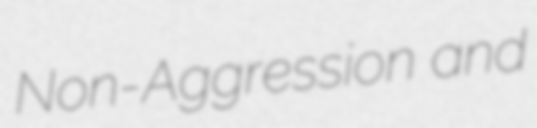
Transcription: Non-Aggression and